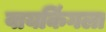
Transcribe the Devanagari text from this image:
वायकिंगला